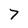
Character: 7